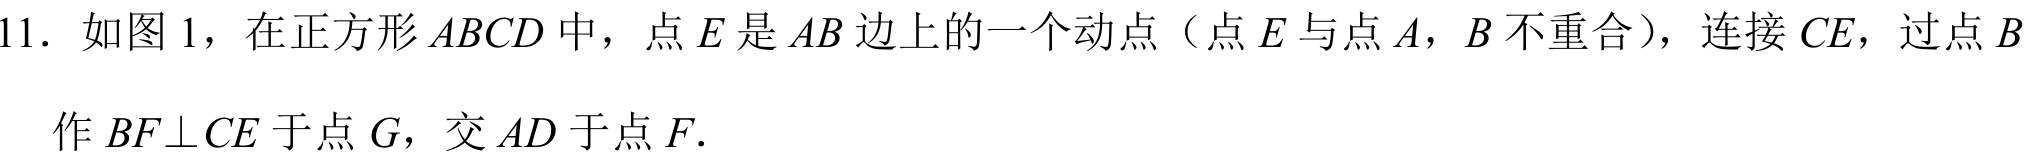
11. 如图1，在正方形\(ABCD\)中，点\(E\)是\(AB\)边上的一个动点（点\(E\)与点\(A\)，\(B\)不重合），连接\(CE\)，过点\(B\)
作\(BF\perp CE\)于点\(G\)，交\(AD\)于点\(F\).